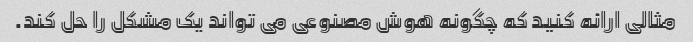
مثالی ارائه کنید که چگونه هوش مصنوعی می تواند یک مشکل را حل کند.